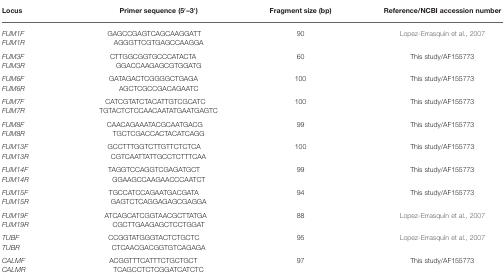
| Locus | Primer sequence (5′–3′) | Fragment size (bp) | Reference/NCBI accession number |
 | --- | --- | --- | --- |
 | FUM1FFUM1R | GAGCCGAGTCAGCAAGGATTAGGGTTCGTGAGCCAAGGA | 90 | Lopez-Errasquín et al., 2007 |
 | FUM3FFUM3R | CTTGGCGGTGCCCATACTAGGACCAAGAGCGTGGATG | 60 | This study/AF155773 |
 | FUM6FFUM6R | GATAGACTCGGGGCTGAGAAGCTCGCCGACAGAATC | 100 | This study/AF155773 |
 | FUM7FFUM7R | CATCGTATCTACATTGTCGCATCTGTACTCTCCAACAATATGAATGAGTC | 100 | This study/AF155773 |
 | FUM8FFUM8R | CAACAGAAATACGCAATGACGTGCTCGACCACTACATCAGG | 99 | This study/AF155773 |
 | FUM13FFUM13R | GCCTTTGGTCTTGTTCTCTCACGTCAATTATTGCCTCTTTCAA | 100 | This study/AF155773 |
 | FUM14FFUM14R | TAGGTCCAGGTCGAGATGCTGGAAGCCAAGAACCCAATCT | 99 | This study/AF155773 |
 | FUM15FFUM15R | TGCCATCCAGAATGACGATAGAGTCTCAGGAGAGCGAGGA | 94 | This study/AF155773 |
 | FUM19FFUM19R | ATCAGCATCGGTAACGCTTATGACGCTTGAAGAGCTCCTGGAT | 88 | Lopez-Errasquín et al., 2007 |
 | TUBFTUBR | CCGGTATGGGTACTCTGCTCCTCAACGACGGTGTCAGAGA | 95 | Lopez-Errasquín et al., 2007 |
 | CALMFCALMR | ACGGTTTCATTTCTGCTGCTTCAGCCTCTCGGATCATCTC | 97 | This study/AF155773 |